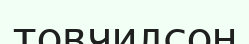
товчилсон